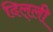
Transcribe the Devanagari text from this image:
दिल्‌ली